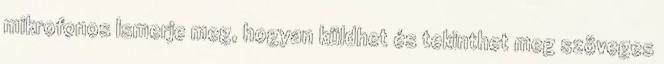
mikrofonos Ismerje meg, hogyan küldhet és tekinthet meg szöveges